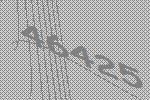
46425